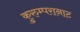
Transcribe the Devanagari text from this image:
कुरुम्परानाट